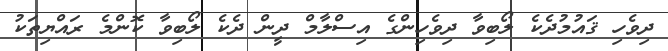
ދިވެހި ޤައުމުދެކެ ލޯބިވާ ދިވެހިންގެ އިސްލާމް ދީން ދެކެ ލޯބިވާ ކޮންމެ ރައްޔިތަކު